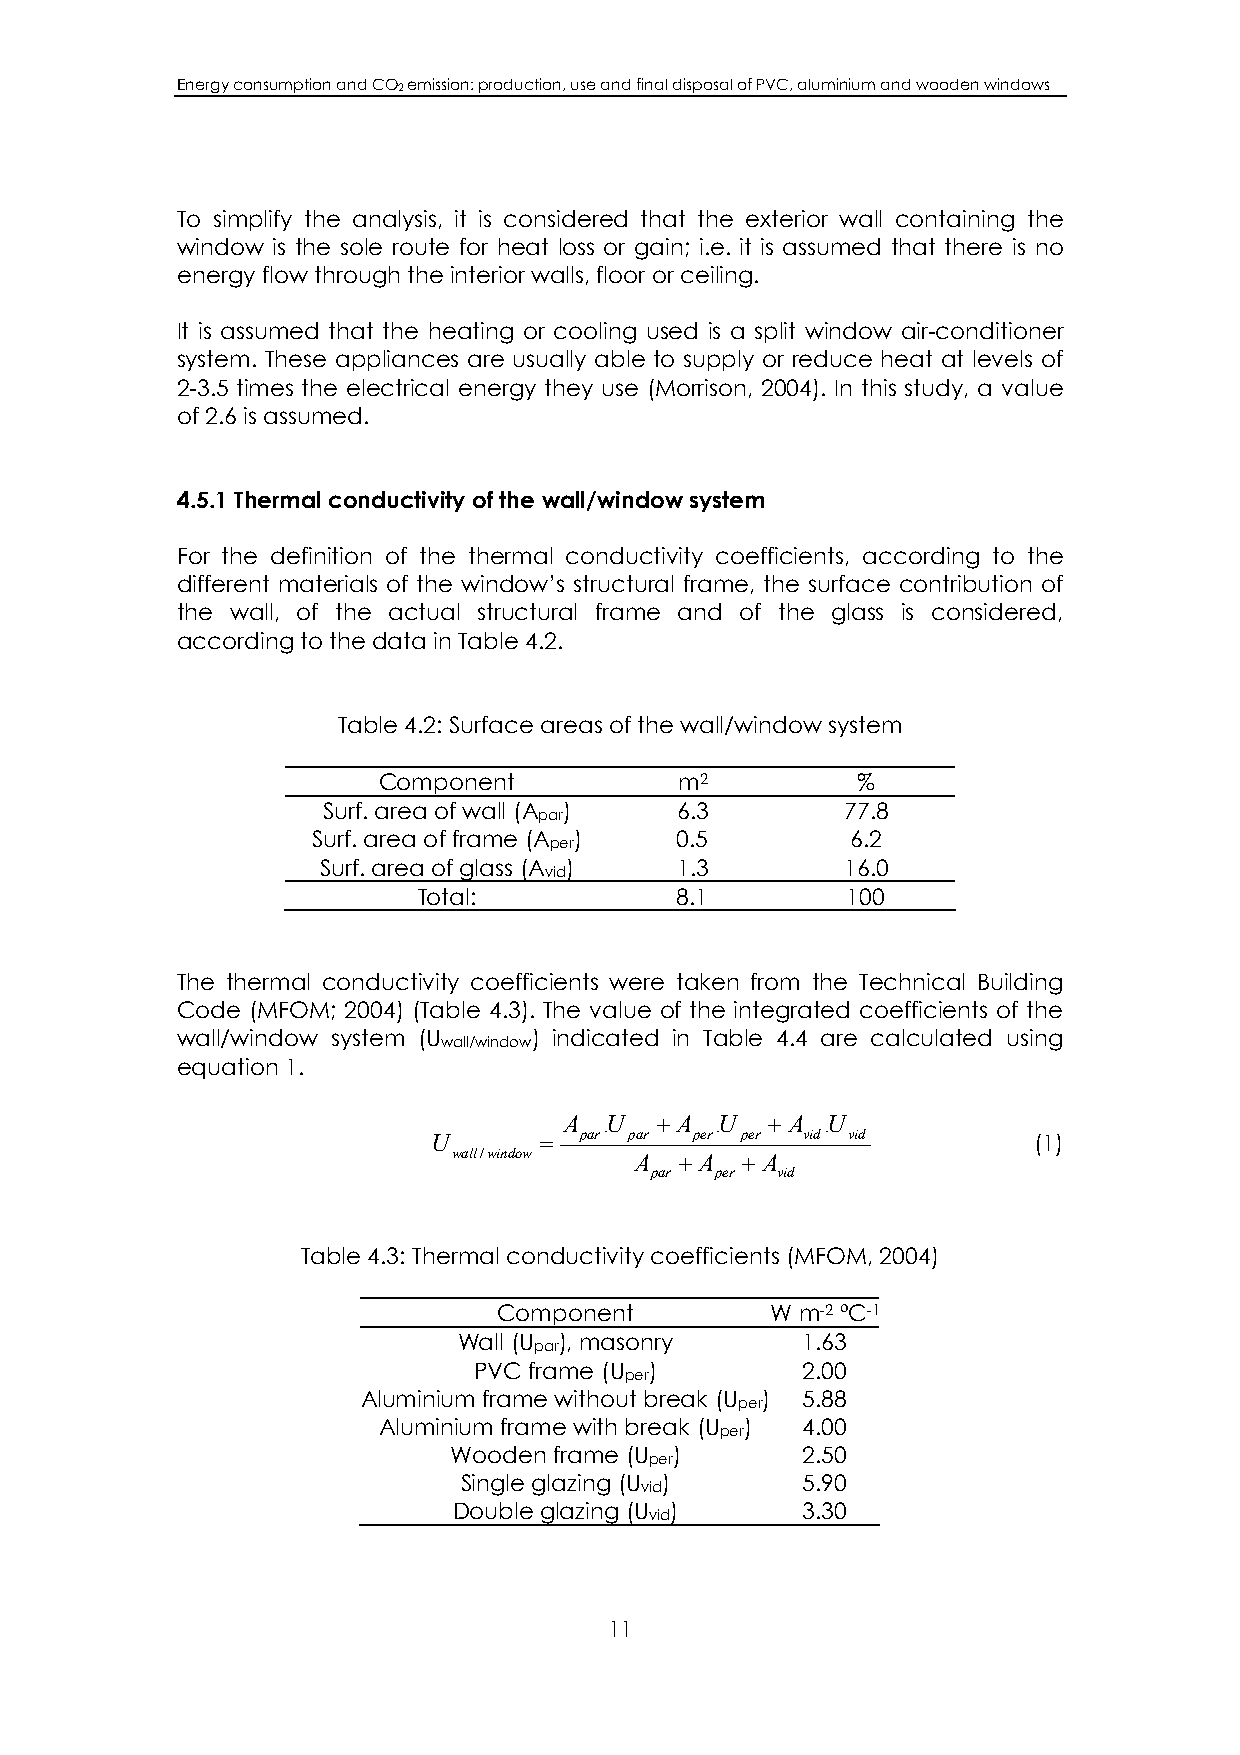
Energy consumption and CO2 emission: production, use and final disposal of PVC, aluminium and wooden windows
 To simplify the analysis, it is considered that the exterior wall containing the
 window is the sole route for heat loss or gain; i.e. it is assumed that there is no
 energy flow through the interior walls, floor or ceiling.
 It is assumed that the heating or cooling used is a split window air-conditioner
 system. These appliances are usually able to supply or reduce heat at levels of
 2-3.5 times the electrical energy they use (Morrison, 2004). In this study, a value
 of 2.6 is assumed.
 4.5.1 Thermal conductivity of the wall/window system
 For the definition of the thermal conductivity coefficients, according to the
 different materials of the window’s structural frame, the surface contribution of
 the wall, of the actual structural frame and of the glass is considered,
 according to the data in Table 4.2.
 Table 4.2: Surface areas of the wall/window system
 Component           m2          %
 Surf. area of wall (A ) 6.3        77.8
 par
 Surf. area of frame (A ) 0.5       6.2
 per
 Surf. area of glass (A ) 1.3       16.0
 vid
 Total:           8.1        100
 The thermal conductivity coefficients were taken from the Technical Building
 Code (MFOM; 2004) (Table 4.3). The value of the integrated coefficients of the
 wall/window system (U  ) indicated in Table 4.4 are calculated using
 wall/window
 equation 1.
 A  .U + A .U  + A .U
 U      = par par per per vid vid       (1)
 wall/window A  + A + A
 par per vid
 Table 4.3: Thermal conductivity coefficients (MFOM, 2004)
 Component         W m-2 ºC-1
 Wall (U ), masonry     1.63
 par
 PVC frame (U )        2.00
 per
 Aluminium frame without break (U ) 5.88
 per
 Aluminium frame with break (U ) 4.00
 per
 Wooden frame (U )      2.50
 per
 Single glazing (U )    5.90
 vid
 Double glazing (U )    3.30
 vid
 11